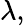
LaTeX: \lambda,